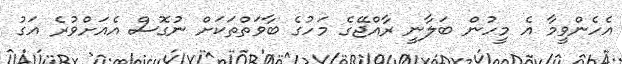
އެހެންވީމާ އެ މީހުން ބަލާނީ ރާއްޖޭގެ މަހުގެ ބާވަތްތަކަށް ނުގޮސް އެއަށްވުރެ އަގު